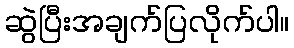
ဆွဲပြီးအချက်ပြလိုက်ပါ။